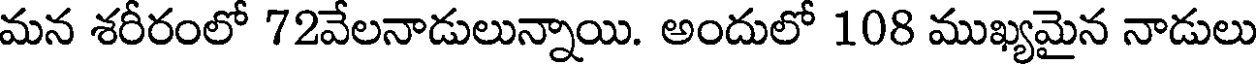
మన శరీరంలో 72వేలనాడులున్నాయి. అందులో 108 ముఖ్యమైన నాడులు